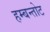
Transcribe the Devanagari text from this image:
हम्बन्तोट